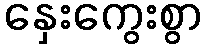
နှေးကွေးစွာ